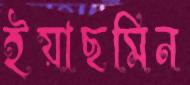
ইয়াছমিন